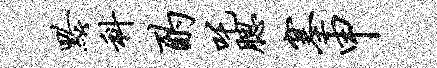
黔科酌吒腮塞申